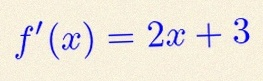
f'(x)=2x+3